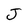
Character: J